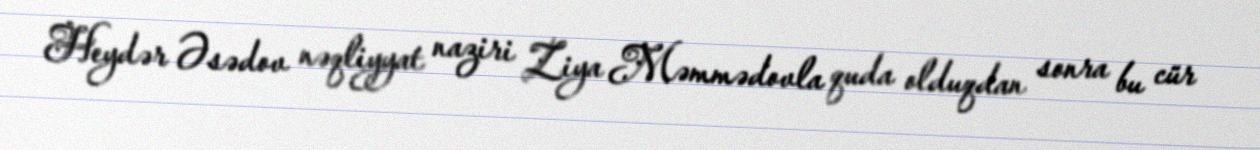
Heydər Əsədov nəqliyyat naziri Ziya Məmmədovla quda olduqdan sonra bu cür